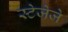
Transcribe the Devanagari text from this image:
स्टेजेजे